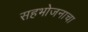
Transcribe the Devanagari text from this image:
सहभोजनाचा